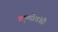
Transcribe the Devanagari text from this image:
वृष्णीवंशी